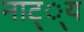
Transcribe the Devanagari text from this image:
नाट््य